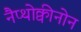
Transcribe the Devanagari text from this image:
नैप्थोक्वीनोन